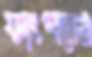
ফাংশনেও